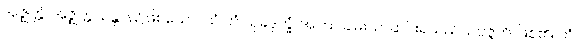
အဇ္ဈတ္တံ၊ အဇ္ဈတ္တသန္တာန်၌ဖြစ်သော။ ယံ တံ သုခဒုက္ခံ၊ အကြင်ချမ်းသာဆင်းရဲသည်။ ဥပ္ပဇ္ဇတိ၊ ဖြစ်၏။ တံ